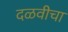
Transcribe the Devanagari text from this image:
दळवीचा